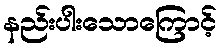
နည်းပါးသောကြောင့်